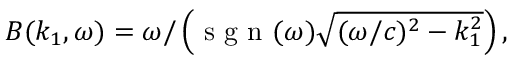
\begin{array} { r } { B ( k _ { 1 } , \omega ) = \omega / \left( \textrm { s g n } ( \omega ) \sqrt { ( \omega / c ) ^ { 2 } - k _ { 1 } ^ { 2 } } \right) , } \end{array}